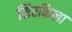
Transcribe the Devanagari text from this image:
सिरकिला